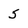
Character: 5